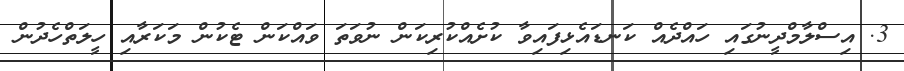
3. އިސްލާމްދީނުގައި ހައްދެއް ކަނޑައެޅިފައިވާ ކުށެއްކުރިކަން ނުވަތަ ވައްކަން ޓެކުން މަކަރާއި ހީލަތްހެދުން